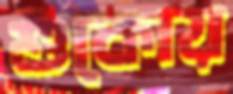
শুকোয়